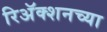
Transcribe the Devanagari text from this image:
रिअॅक्शनच्या